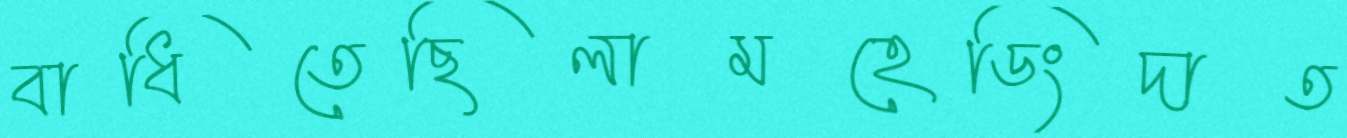
বাধিতেছিলামহেডিংদাত